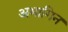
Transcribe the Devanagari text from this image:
अभागिन